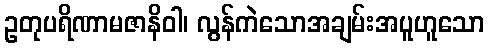
ဥတုပရိဏာမဇာနိဝါ၊ လွန်ကဲသောအချမ်းအပူဟူသော